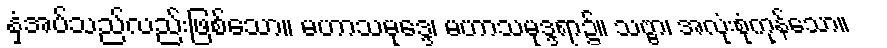
နှံ့အပ်သည်လည်းဖြစ်သော။ မဟာသမုဒ္ဒေ၊ မဟာသမုဒ္ဒရာ၌။ သဗ္ဗာ၊ အလုံးစုံကုန်သော။